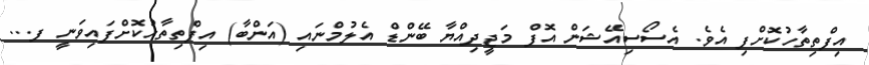
އިފްތިތާހުކޮށްފި އެވެ. އެސޯސިއޭޝަން އޮފް މަޖީދިއްޔާ ބޭންޑް އެލުމްނައި (އަންބާ) އިފްތިތާހުކޮށްފައިވަނީ ފ...